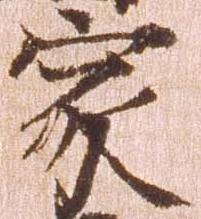
家